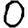
Digit: 0